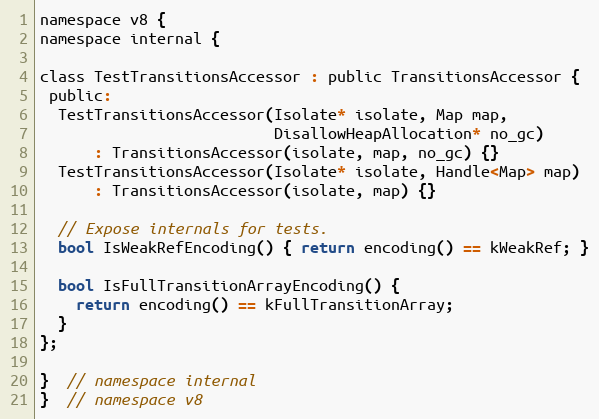
Language: C
namespace v8 {
namespace internal {

class TestTransitionsAccessor : public TransitionsAccessor {
 public:
  TestTransitionsAccessor(Isolate* isolate, Map map,
                          DisallowHeapAllocation* no_gc)
      : TransitionsAccessor(isolate, map, no_gc) {}
  TestTransitionsAccessor(Isolate* isolate, Handle<Map> map)
      : TransitionsAccessor(isolate, map) {}

  // Expose internals for tests.
  bool IsWeakRefEncoding() { return encoding() == kWeakRef; }

  bool IsFullTransitionArrayEncoding() {
    return encoding() == kFullTransitionArray;
  }
};

}  // namespace internal
}  // namespace v8